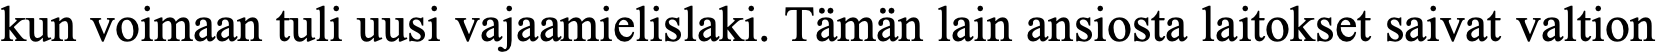
kun voimaan tuli uusi vajaamielislaki. Tämän lain ansiosta laitokset saivat valtion